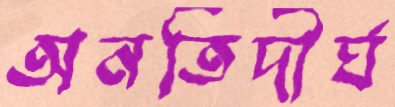
অনতিদীর্ঘ